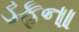
ડફના